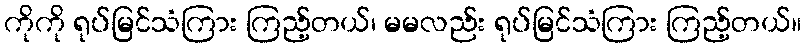
ကိုကို ရုပ်မြင်သံကြား ကြည့်တယ်၊ မမလည်း ရုပ်မြင်သံကြား ကြည့်တယ်။